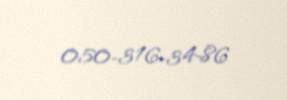
050-316-34-86